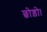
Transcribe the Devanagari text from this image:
छोड़ो।